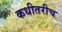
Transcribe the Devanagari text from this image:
कधीतरीच